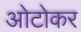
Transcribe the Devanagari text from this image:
ओटोकर